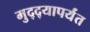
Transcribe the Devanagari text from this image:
मुद्द्‍यापर्यंत